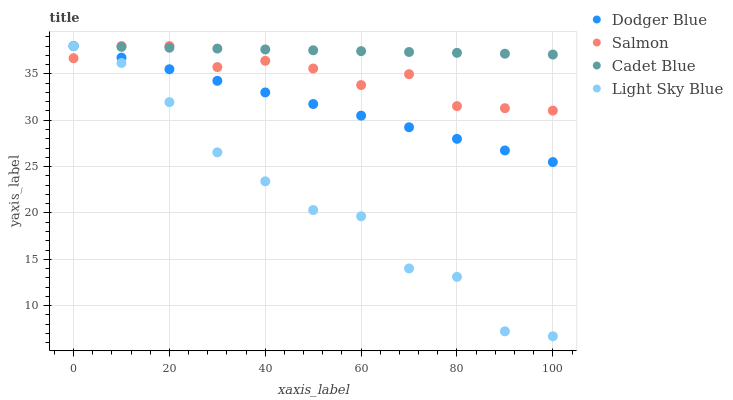
| xaxis_label | Dodger Blue | Salmon | Cadet Blue | Light Sky Blue |
 | --- | --- | --- | --- | --- |
 | 0 | 38 | 36.7 | 38 | 38 |
 | 10 | 36.7 | 38 | 37.9 | 36.2 |
 | 20 | 35.5 | 38 | 37.8 | 31.9 |
 | 30 | 34.2 | 35.7 | 37.7 | 26.5 |
 | 40 | 33 | 36.4 | 37.6 | 23.4 |
 | 50 | 31.7 | 35.6 | 37.5 | 20.3 |
 | 60 | 30.5 | 33.8 | 37.4 | 19.6 |
 | 70 | 29.2 | 35 | 37.4 | 14 |
 | 80 | 28 | 31.5 | 37.3 | 13.1 |
 | 90 | 26.7 | 31.3 | 37.2 | 7.24 |
 | 100 | 25.5 | 31 | 37.1 | 6.71 |